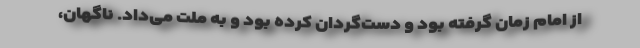
از امام زمان گرفته بود و دست‌گردان کرده بود و به ملت می‌داد. ناگهان،